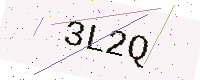
Text: 3L2Q